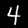
Digit: 4